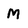
Character: M